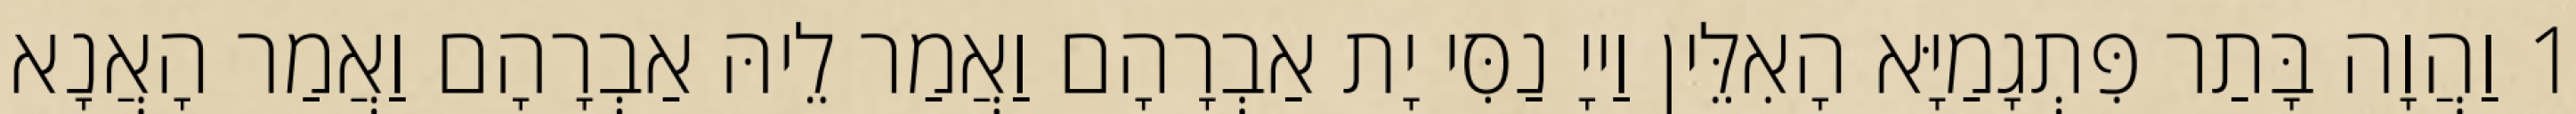
1 וַהֲוָה בָּתַר פִּתְגָמַיָּא הָאִלֵּין וַייָ נַסִּי יָת אַבְרָהָם וַאֲמַר לֵיהּ אַבְרָהָם וַאֲמַר הָאֲנָא׃